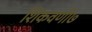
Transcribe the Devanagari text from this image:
शिकवणी७